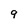
Character: q